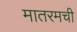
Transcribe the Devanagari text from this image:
मातरमची